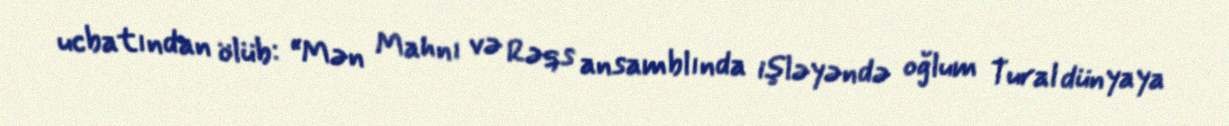
ucbatından ölüb: “Mən Mahnı və Rəqs ansamblında işləyəndə oğlum Tural dünyaya